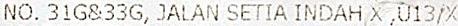
NO. 31G&33G, JALAN SETIA INDAH X ,U13/X